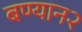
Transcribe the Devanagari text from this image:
बण्यान२